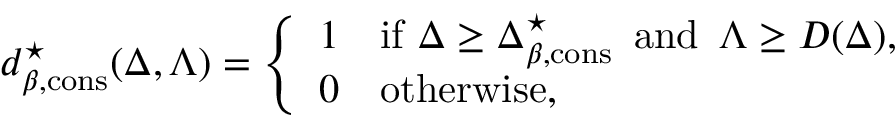
\begin{array} { r l } & { d _ { \beta , \mathrm { c o n s } } ^ { \star } ( \Delta , \Lambda ) = \left\{ \begin{array} { l l } { 1 } & { \mathrm { i f } \, \, \Delta \geq \Delta _ { \beta , \mathrm { c o n s } } ^ { \star } \, \ \mathrm { a n d } \, \ \Lambda \geq D ( \Delta ) , } \\ { 0 } & { \mathrm { o t h e r w i s e } , } \end{array} \right. } \end{array}